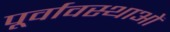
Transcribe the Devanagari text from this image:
पूर्वावस्थाओं